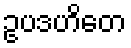
ဥပဒဟိတေ